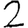
Digit: 2